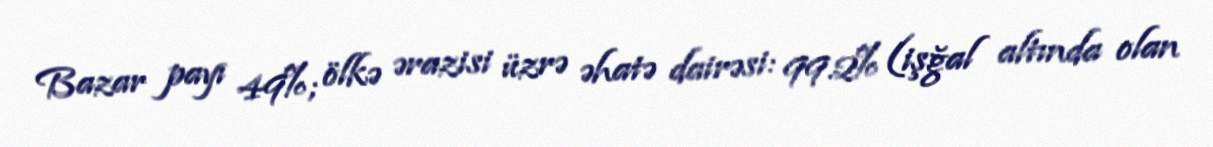
Bazar payı 49%; ölkə ərazisi üzrə əhatə dairəsi: 99.2% (işğal altında olan